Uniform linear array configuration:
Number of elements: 24
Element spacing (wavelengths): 1
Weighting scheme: cosine
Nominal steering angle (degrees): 0
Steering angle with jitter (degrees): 0.4613
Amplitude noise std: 0.05
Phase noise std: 0.05

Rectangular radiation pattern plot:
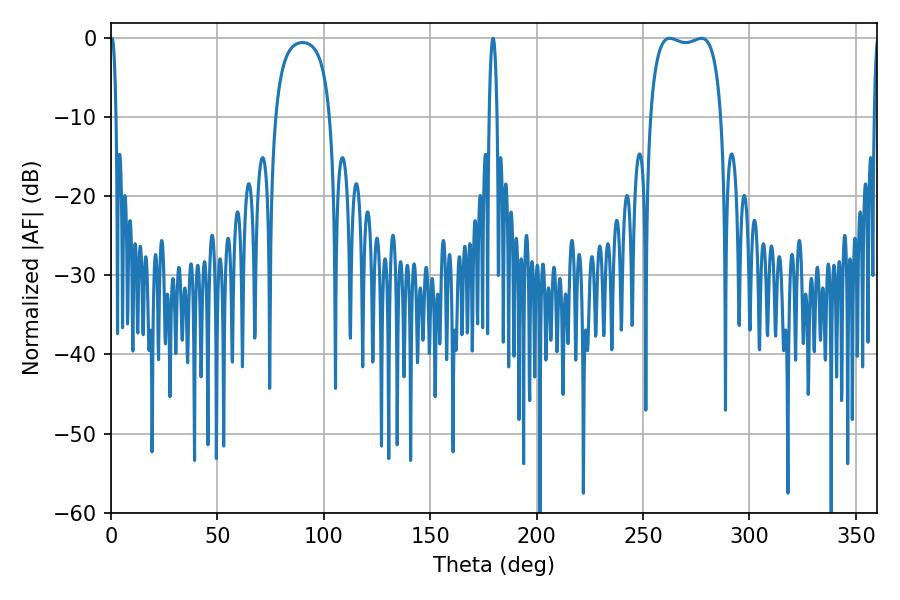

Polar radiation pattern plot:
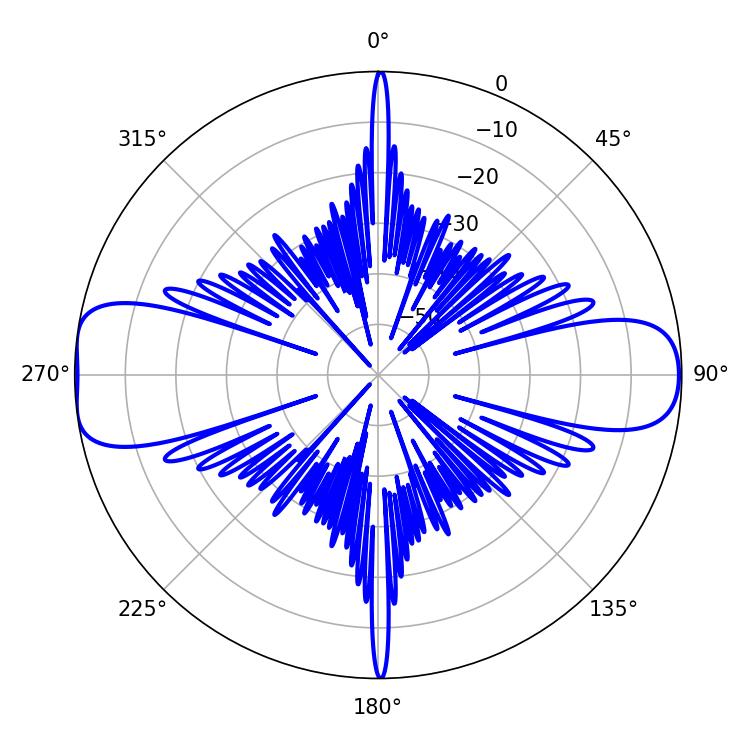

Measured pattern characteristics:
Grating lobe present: TRUE
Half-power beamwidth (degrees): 27
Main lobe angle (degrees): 262.62